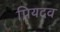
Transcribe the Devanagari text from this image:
प्रियदव